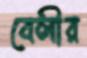
বেলীর